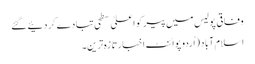
وفاقی پولیس میں پیر کو اعلیٰ سطحی تبادے کر دئیے گئے
اسلام آباد (اُردو پوائنٹ اخبارتازہ ترین۔